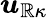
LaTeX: \boldsymbol{u}_{\boldsymbol{\mathbb{R}}\kappa}